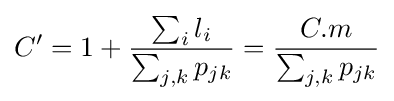
C'=1+{\sum _{i}l_{i} \over \sum _{j,k}p_{jk}}={C.m \over \sum _{j,k}p_{jk}}